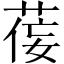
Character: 𫈘